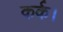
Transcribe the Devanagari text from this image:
कर्क।